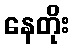
နေတိုး